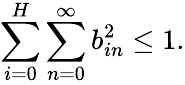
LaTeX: \sum_{i=0}^{H}\sum_{n=0}^{\infty}b_{in}^{2}\le 1.